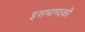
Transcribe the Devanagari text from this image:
इसभाष्यकी